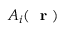
A _ { i } ( \mathrm { ~ \bf ~ r ~ } )